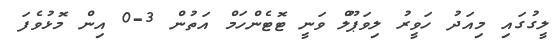
ލީގުގައި މިއަދު ހަވީރު ލިވަޕޫލް ވަނީ ޓޮޓެންހަމް އަތުން 3-0 އިން މޮޅުވެފަ